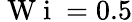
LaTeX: \mathrm{~W~i~}=0.5